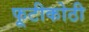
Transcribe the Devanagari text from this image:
फूटीकोठी